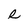
Character: R